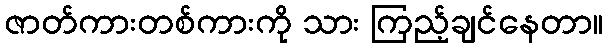
ဇာတ်ကားတစ်ကားကို သား ကြည့်ချင်နေတာ။